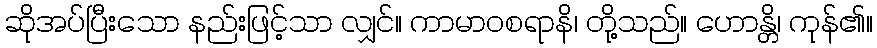
ဆိုအပ်ပြီးသော နည်းဖြင့်သာ လျှင်။ ကာမာဝစရာနိ၊ တို့သည်။ ဟောန္တိ၊ ကုန်၏။